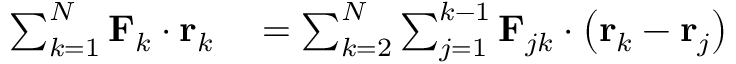
\begin{array} { r l } { \sum _ { k = 1 } ^ { N } \mathbf { F } _ { k } \cdot \mathbf { r } _ { k } } & { { } = \sum _ { k = 2 } ^ { N } \sum _ { j = 1 } ^ { k - 1 } \mathbf { F } _ { j k } \cdot \left( \mathbf { r } _ { k } - \mathbf { r } _ { j } \right) } \end{array}